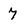
Character: 7